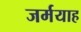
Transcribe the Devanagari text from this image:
जर्मयाह